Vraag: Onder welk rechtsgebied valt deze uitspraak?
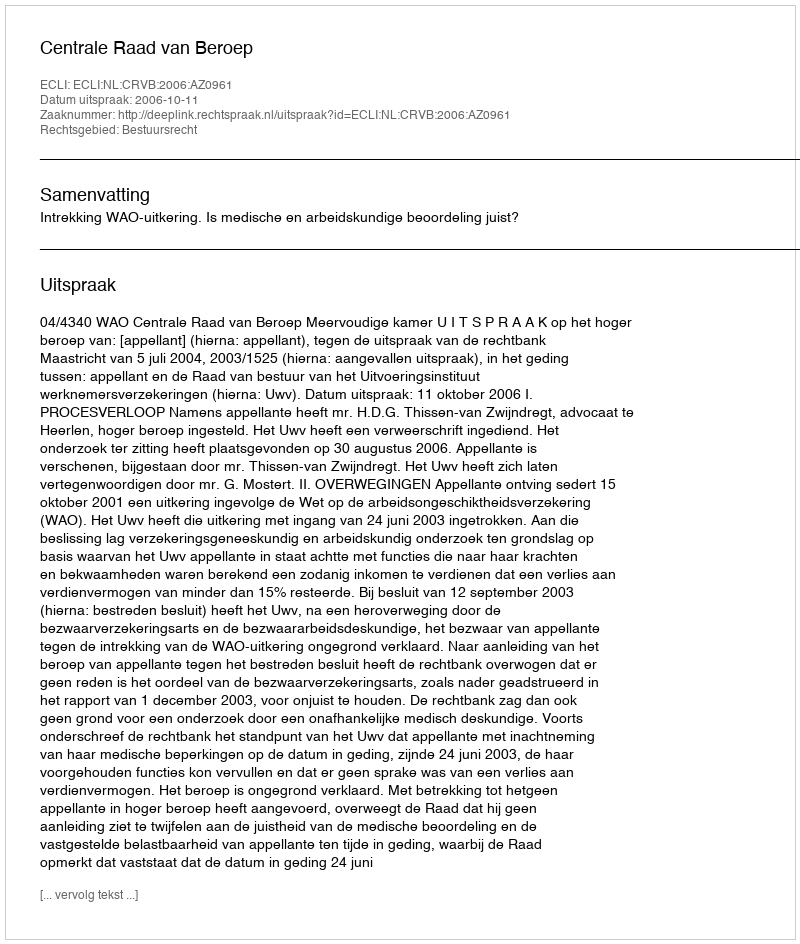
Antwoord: Bestuursrecht